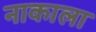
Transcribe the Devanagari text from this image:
नाकाला